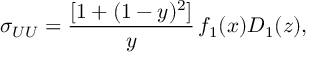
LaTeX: \sigma _ { U U } = \frac { [ 1 + ( 1 - y ) ^ { 2 } ] } { y } \, f _ { 1 } ( x ) D _ { 1 } ( z ) ,